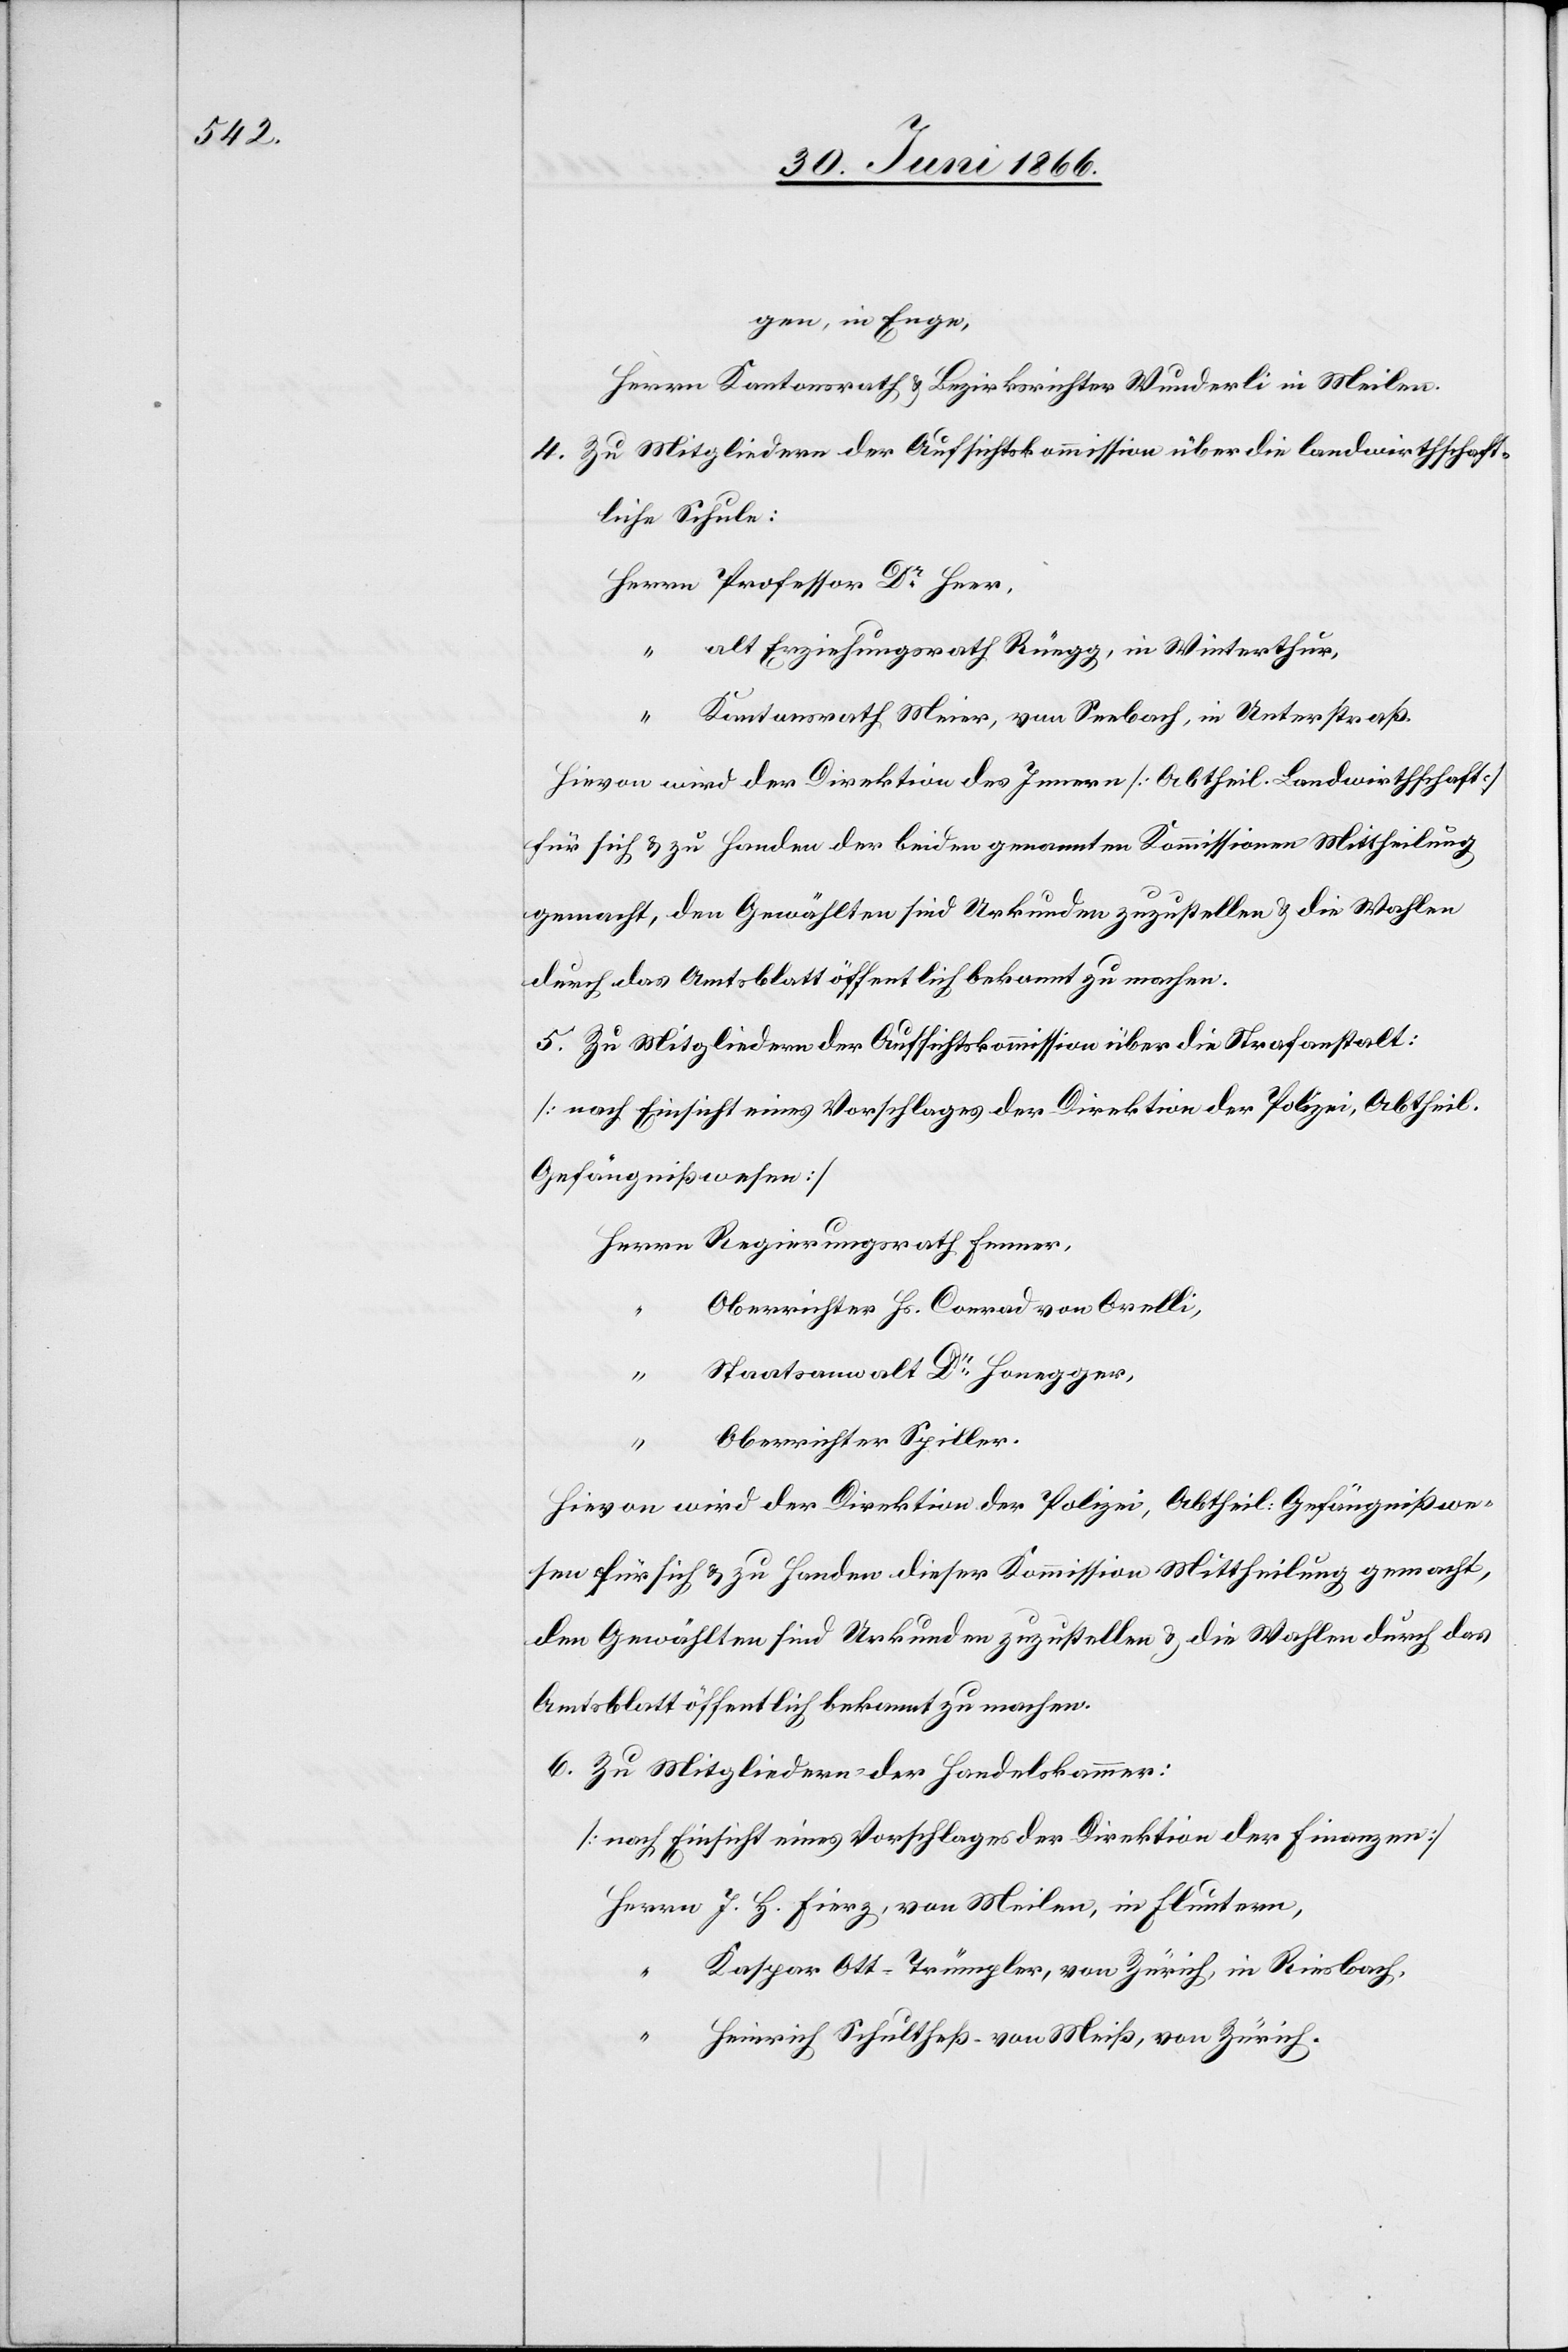
gen, in Enge,
4. Zu Mitgliedern der Aufsichtskommission über die landwirthschaft¬
liche Schule:
alt Erziehungsrath Rüegg, in Winterthur,
Kantonsrath Meier, von Seebach, in Unterstraß.
Hievon wird der Direktion des Innern [Abtheil. Landwirthschaft]
für sich u. zu Handen der beiden genannten Kommissionen Mittheilung
gemacht, den Gewählten sind Urkunden zuzustellen u. die Wahlen
durch das Amtsblatt öffentlich bekannt zu machen.
5. Zu Mitgliedern der Aufsichtskommission über die Strafanstalt:
[nach Einsicht eines Vorschlages der Direktion der Polizei, Abtheil.
Gefängnißwesen]
Oberrichter Hs. Conrad Orelli,
Staatsanwalt Dr. Honegger,
“
Oberrichter Spiller.
Hievon wird der Direktion der Polizei, Abtheil. Gefängnißwe¬
sen für sich u. zu Handen dieser Kommission Mittheilung gemacht,
den Gewählten sind Urkunden zuzustellen u. die Wahlen durch das
Amtsblatt öffentlich bekannt zu machen.
6. Zu Mitgliedern der Handelskammer:
[nach Einsicht eines Vorschlages der Direktion der Finanzen]
J. H. Fierz, von Meilen, in Fluntern,
Kaspar Ott-Trümpler, von Zürich, in Riesbach,
Fenner,
Heinrich Schultheß von Meiß, von Zürich.